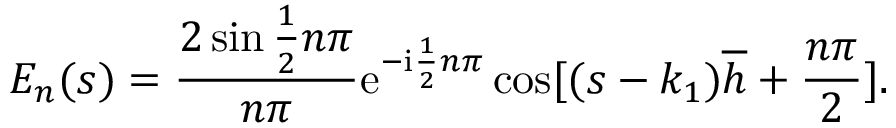
E _ { n } ( s ) = \frac { 2 \sin \frac { 1 } { 2 } n \pi } { n \pi } \mathrm { e } ^ { - \mathrm { i } \frac { 1 } { 2 } n \pi } \cos [ ( s - k _ { 1 } ) \overline { { h } } + \frac { n \pi } { 2 } ] .